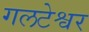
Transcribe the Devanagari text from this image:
गलटेश्वर